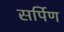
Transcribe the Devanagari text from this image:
सर्पिण